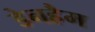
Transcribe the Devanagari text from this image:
डेनहैम